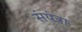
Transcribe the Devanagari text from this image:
संयंत्रा